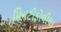
મિનટીફોલીયા